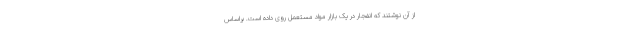
از آن نوشتند که انفجار در یک بازار مواد مستعمل روی داده است. براساس